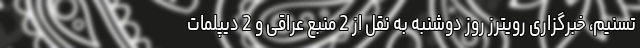
تسنیم، خبرگزاری رویترز روز دوشنبه به نقل از 2 منبع عراقی و 2 دیپلمات